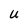
Character: U